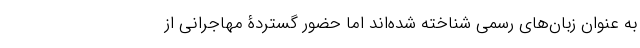
به عنوان زبان‌های رسمی شناخته شده‌اند اما حضور گستردۀ مهاجرانی از